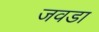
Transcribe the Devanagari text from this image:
जवडा